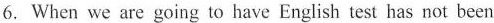
6. When we are going to have English test has not been